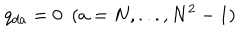
q _ { d a } = 0 \ \ ( a = N , . . . , N ^ { 2 } - 1 )